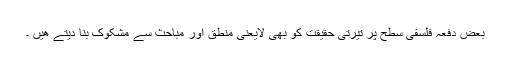
بعض دفعہ فلسفی سطح پر تیرتی حقیقت کو بھی لایعنی منطق اور مباحث سے مشکوک بنا دیتے ھیں ۔